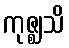
ကုဇ္ဈသိ